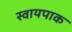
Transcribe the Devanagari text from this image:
स्वायपाक